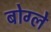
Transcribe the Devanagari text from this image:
बोग्ले